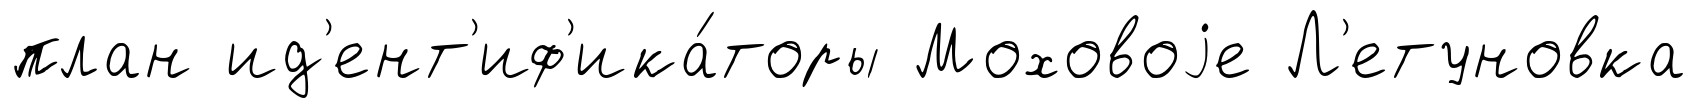
план ид'ент'иф'ика́торы Моховоjе Л'етуновка